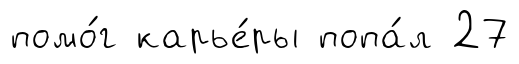
помо́г карье́ры попа́л 27